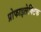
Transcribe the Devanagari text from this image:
प्रोफाइलेक्टिक